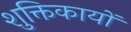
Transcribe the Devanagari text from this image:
शुक्तिकायों